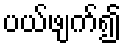
ပယ်ဖျက်၍